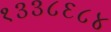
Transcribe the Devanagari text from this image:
१३३८६८४